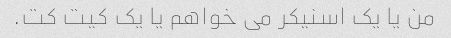
من یا یک اسنیکر می خواهم یا یک کیت کت.